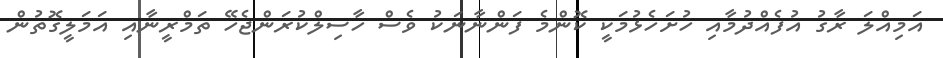
އަމިއްލަ ރާގު އުފެއްދުމާއި ހުށަހެޅުމަކީ ކޮންމެ ފަންނާނަކު ވެސް ހާސިލްކުރަންޖެހޭ ތަމްރީނާއި އަމަލީގޮތުން